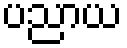
ပညာယ